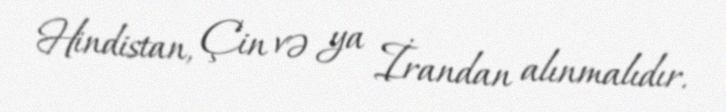
Hindistan, Çin və ya İrandan alınmalıdır.